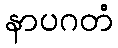
နာပဂတံ